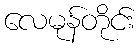
လေမုန်တိုင်း